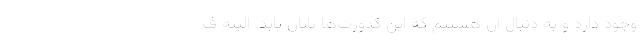
وجود دارد و به دنبال آن هستیم که این کدورت‌ها پایان یابد. البته ف